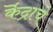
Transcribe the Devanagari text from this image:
कॆंद्राचे